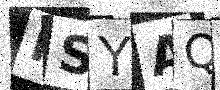
Text: PSYAQF